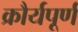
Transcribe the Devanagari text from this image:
क्रौर्यपूर्ण